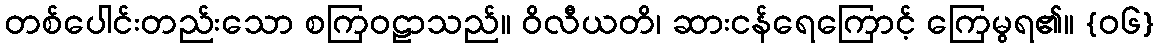
တစ်ပေါင်းတည်းသော စကြဝဠာသည်။ ဝိလီယတိ၊ ဆားငန်ရေကြောင့် ကြေမွရ၏။ {၀၆}